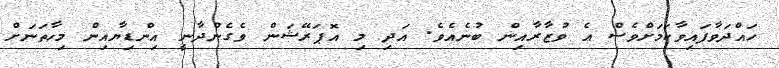
ހައްދަވާފައިވާކަމަށްވެސް އެ ވުޒާރާއިން ބުނެއެވެ. އަދި މި އޮޕަރޭޝަން ވެގެންދާނީ އިންޑިޔާއިން މިހާތަނަށް